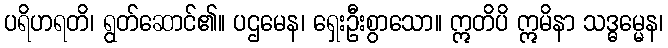
ပရိဟရတိ၊ ရွတ်ဆောင်၏။ ပဌမေန၊ ရှေးဦးစွာသော။ ဣတိပိ ဣမိနာ သဒ္ဓမ္မေန၊